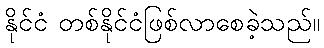
နိုင်ငံ တစ်နိုင်ငံဖြစ်လာစေခဲ့သည်။